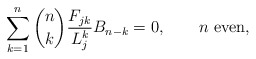
\begin{align*}\sum_{k = 1}^n \binom nk \frac{F_{jk}}{L_j^k} B_{n-k} = 0,\qquad\mbox{$n$ even},\end{align*}